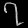
Digit: ၇